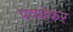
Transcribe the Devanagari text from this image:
पवनेकर